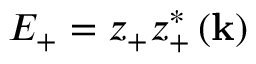
E _ { + } = z _ { + } z _ { + } ^ { * } \left( \mathbf { k } \right)